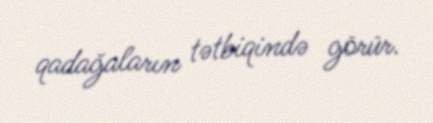
qadağaların tətbiqində görür.